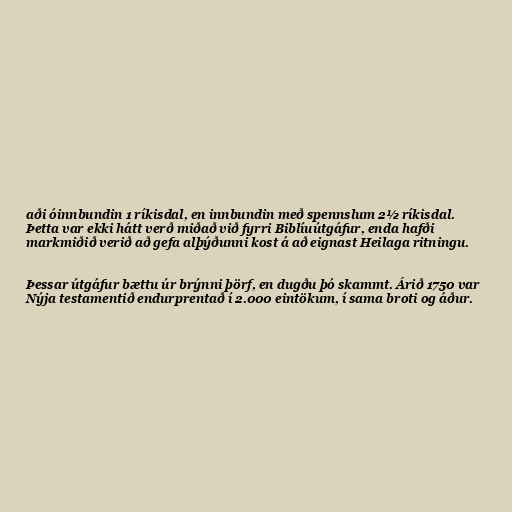
aði óinnbundin 1 ríkisdal, en innbundin með spennslum 2½ ríkisdal.
Þetta var ekki hátt verð miðað við fyrri Biblíuútgáfur, enda hafði
markmiðið verið að gefa alþýðunni kost á að eignast Heilaga ritningu.

Þessar útgáfur bættu úr brýnni þörf, en dugðu þó skammt. Árið 1750 var
Nýja testamentið endurprentað í 2.000 eintökum, í sama broti og áður.